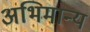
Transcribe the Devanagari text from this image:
अभिमान्य